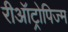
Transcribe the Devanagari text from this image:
रीऑट्रोपिज्म